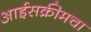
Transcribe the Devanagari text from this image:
आईसक्रीमचा